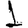
Digit: 1